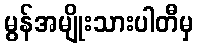
မွန်အမျိုးသားပါတီမှ